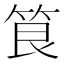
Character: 𮅐